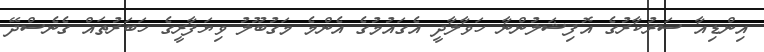
އިންޑިއާ ސަރުކާރުގެ އޮފިޝަލުންނާ ހަވާލާދީ އެގައުމުގެ އެންމެ މަގުބޫލު ވިޔަފާރީގެ ހަބަރުތައް ގެނެސްދޭ